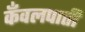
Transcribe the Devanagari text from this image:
कँवलपाती